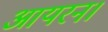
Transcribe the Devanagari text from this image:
आयरन।